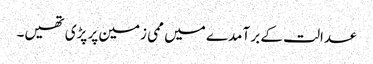
عدالت کے بر آمدے میں ممی زمین پر پڑی تھیں۔